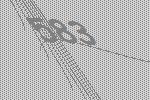
583